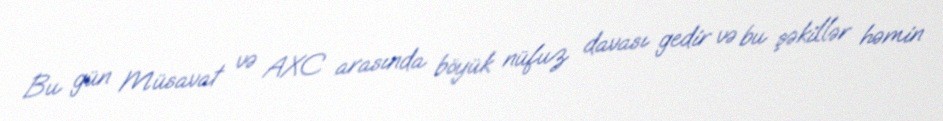
Bu gün Müsavat və AXC arasında böyük nüfuz davası gedir və bu şəkillər həmin